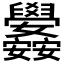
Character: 𮍳